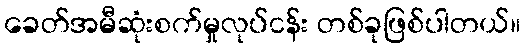
ခေတ်အမီဆုံးစက်မှုလုပ်ငန်း တစ်ခုဖြစ်ပါတယ်။